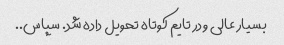
بسیار عالی و در تایم کوتاه تحویل داده شد. سپاس..